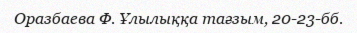
Оразбаева Ф. Ұлылыққа тағзым, 20-23-бб.